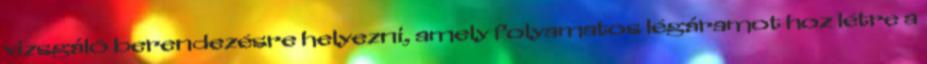
vizsgáló berendezésre helyezni, amely folyamatos légáramot hoz létre a